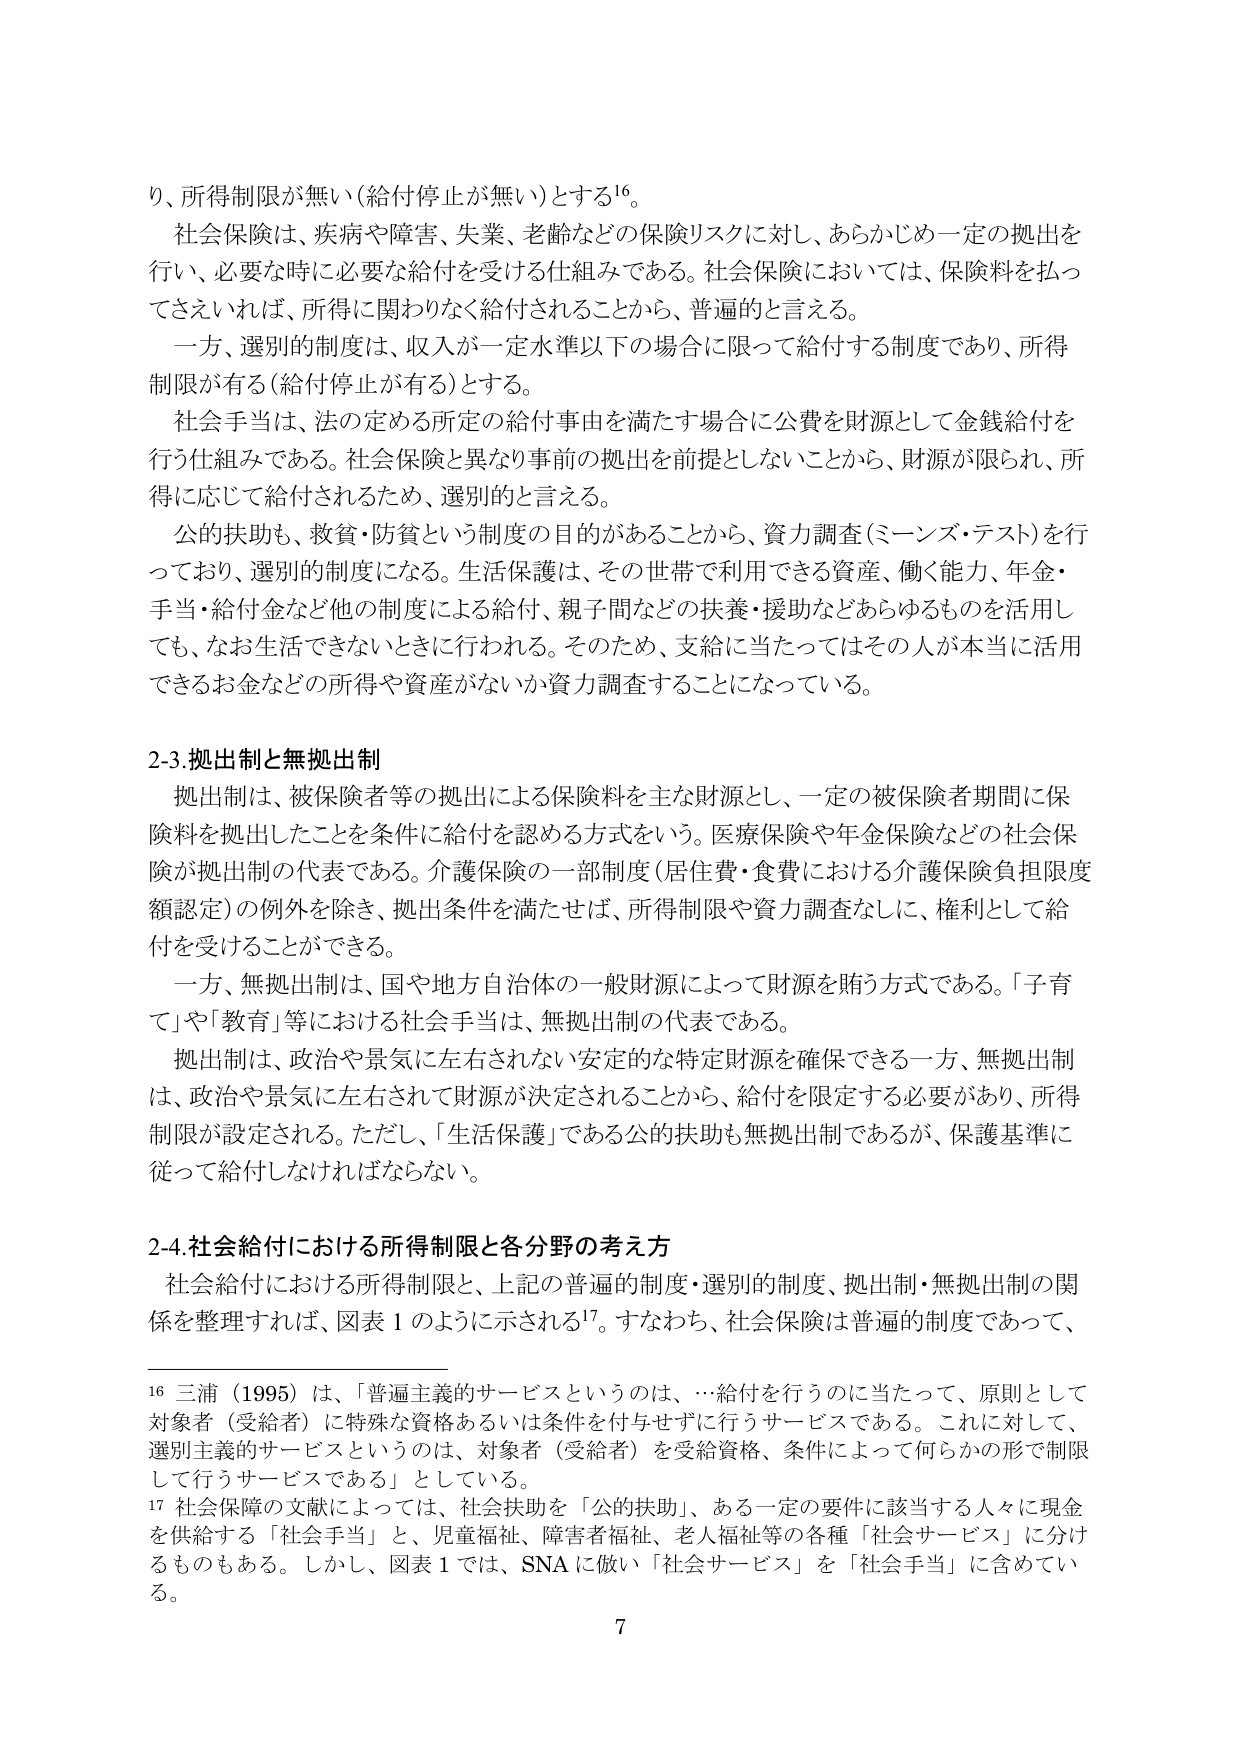
り、所得制限が無い（給付停止が無い）とする16。

社会保険は、疾病や障害、失業、老齢などの保険リスクに対し、あらかじめ一定の拠出を行い、必要な時に必要な給付を受ける仕組みである。社会保険においては、保険料を払ってさえいれば、所得に関わりなく給付されることから、普遍的と言える。

一方、選別的制度は、収入が一定水準以下の場合に限って給付する制度であり、所得制限が有る（給付停止が有る）とする。

社会手当は、法の定める所定の給付事由を満たす場合に公費を財源として金銭給付を行う仕組みである。社会保険と異なり事前の拠出を前提としないことから、財源が限られ、所得に応じて給付されるため、選別的と言える。

公的扶助も、救貧・防貧という制度の目的があることから、資力調査（ミーンズ・テスト）を行っており、選別的制度になる。生活保護は、その世帯で利用できる資産、働く能力、年金・手当・給付金など他の制度による給付、親子間などの扶養・援助などあらゆるものを活用しても、なお生活できないときに行われる。そのため、支給に当たってはその人が本当に活用できるお金などの所得や資産がないか資力調査することになっている。

2-3. 拠出制と無拠出制

拠出制は、被保険者等の拠出による保険料を主な財源とし、一定の被保険者期間に保険料を拠出したことを条件に給付を認める方式をいう。医療保険や年金保険などの社会保険が拠出制の代表である。介護保険の一部制度（居住費・食費における介護保険負担限度額認定）の例外を除き、拠出条件を満たせば、所得制限や資力調査なしに、権利として給付を受けることができる。

一方、無拠出制は、国や地方自治体の一般財源によって財源を賄う方式である。「子育て」や「教育」等における社会手当は、無拠出制の代表である。

拠出制は、政治や景気に左右されない安定的な特定財源を確保できる一方、無拠出制は、政治や景気に左右されて財源が決定されることから、給付を限定する必要があり、所得制限が設定される。ただし、「生活保護」である公的扶助も無拠出制であるが、保護基準に従って給付しなければならない。

2-4. 社会給付における所得制限と各分野の考え方

社会給付における所得制限と、上記の普遍的制度・選別的制度、拠出制・無拠出制の関係を整理すれば、図表1のように示される17。すなわち、社会保険は普遍的制度であって、

16 三浦（1995）は、「普遍主義的サービスというのは、…給付を行うのに当たって、原則として対象者（受給者）に特殊な資格あるいは条件を付与せずに行うサービスである。これに対して、選別主義的サービスというのは、対象者（受給者）を受給資格、条件によって何らかの形で制限して行うサービスである」としている。

17 社会保障の文献によっては、社会扶助を「公的扶助」、ある一定の要件に該当する人々に現金を供給する「社会手当」と、児童福祉、障害者福祉、老人福祉等の各種「社会サービス」に分けるものもある。しかし、図表1では、SNAに倣い「社会サービス」を「社会手当」に含めている。

7